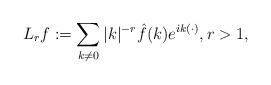
LaTeX: \begin{align*}L_rf:= \sum_{k\neq 0}|k|^{-r}\hat f(k)e^{ik(\cdot)} , r>1,\end{align*}